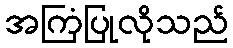
အကြံပြုလိုသည်